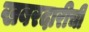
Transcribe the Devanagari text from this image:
खबरदारीची